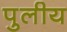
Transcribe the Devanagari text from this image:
पुलीय